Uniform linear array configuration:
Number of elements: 12
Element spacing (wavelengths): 0.5
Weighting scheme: exponential
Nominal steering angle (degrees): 0
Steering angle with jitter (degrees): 0.9707
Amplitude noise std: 0.05
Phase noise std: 0.05

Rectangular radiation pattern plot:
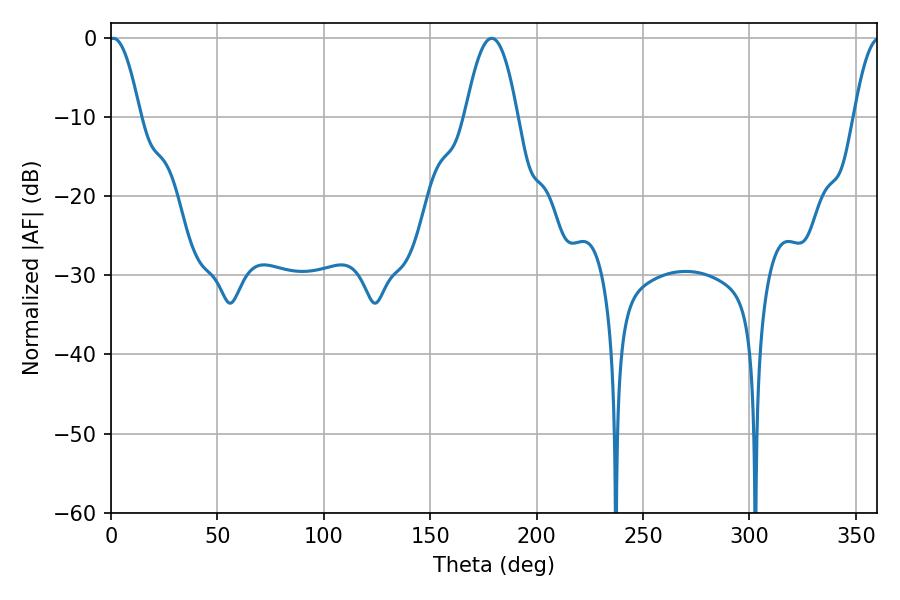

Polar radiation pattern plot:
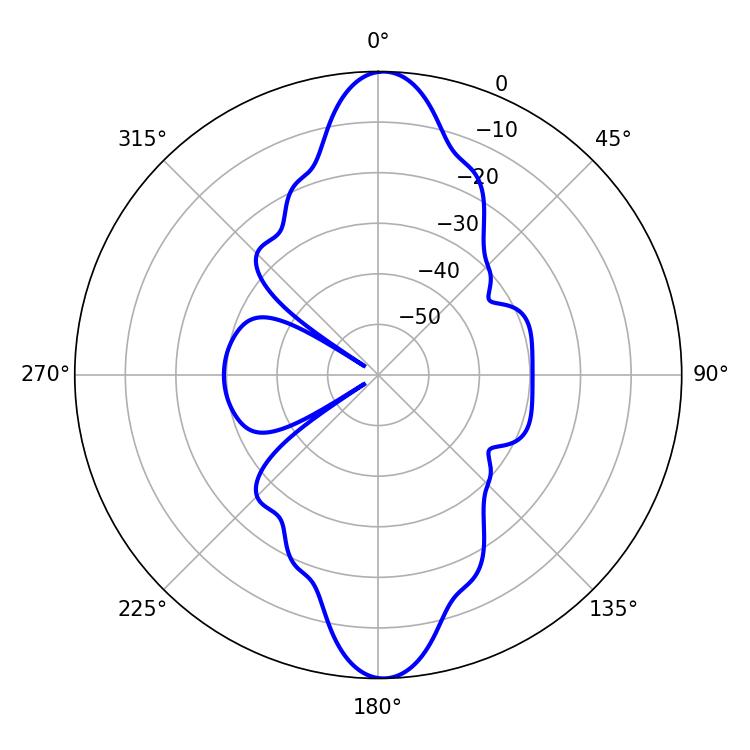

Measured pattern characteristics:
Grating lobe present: FALSE
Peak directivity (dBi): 21.284
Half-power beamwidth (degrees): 13.5
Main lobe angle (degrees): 178.92